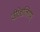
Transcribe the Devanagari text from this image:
वीरेशलिंगम्